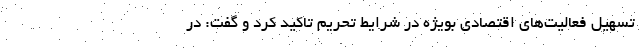
تسهیل فعالیت‌های اقتصادی بویژه در شرایط تحریم تاکید کرد و گفت: در